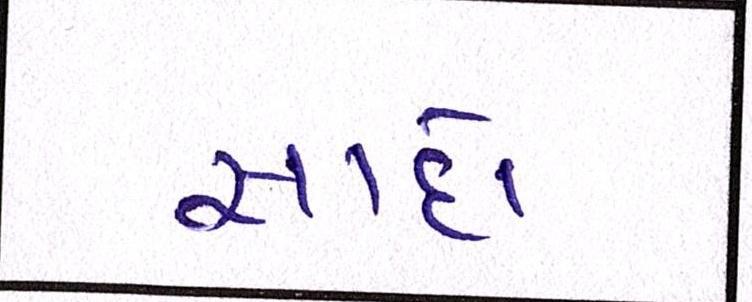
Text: સાદો